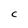
Character: C